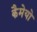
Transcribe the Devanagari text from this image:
कैमेयो